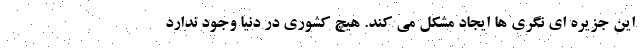
این جزیره ای نگری ها ایجاد مشکل می کند. هیچ کشوری در دنیا وجود ندارد